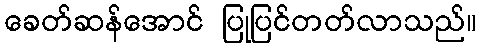
ခေတ်ဆန်အောင် ပြုပြင်တတ်လာသည်။